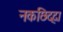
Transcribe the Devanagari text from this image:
नकछिद्दा